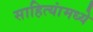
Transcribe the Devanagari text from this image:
साहित्यांमध्ये